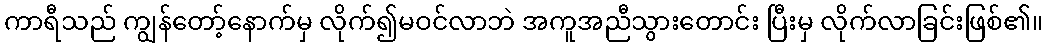
ကာရီသည် ကျွန်တော့်နောက်မှ လိုက်၍မဝင်လာဘဲ အကူအညီသွားတောင်း ပြီးမှ လိုက်လာခြင်းဖြစ်၏။